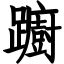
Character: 躕